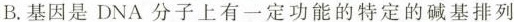
B.基因是DNA分子上有一定功能的特定的碱基排列